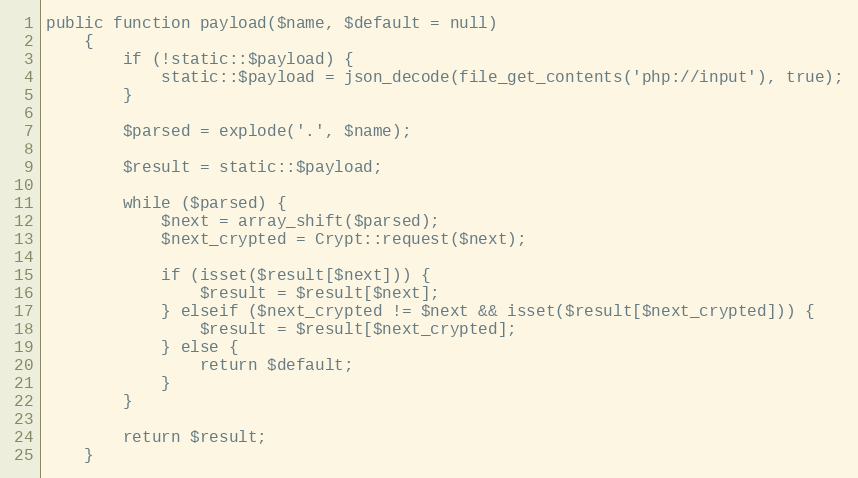
Language: PHP
public function payload($name, $default = null)
    {
        if (!static::$payload) {
            static::$payload = json_decode(file_get_contents('php://input'), true);
        }

        $parsed = explode('.', $name);

        $result = static::$payload;

        while ($parsed) {
            $next = array_shift($parsed);
            $next_crypted = Crypt::request($next);

            if (isset($result[$next])) {
                $result = $result[$next];
            } elseif ($next_crypted != $next && isset($result[$next_crypted])) {
                $result = $result[$next_crypted];
            } else {
                return $default;
            }
        }

        return $result;
    }